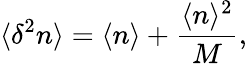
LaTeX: \langle\delta^{2}n\rangle=\langle n\rangle+\frac{\langle n\rangle^{2}}{M},